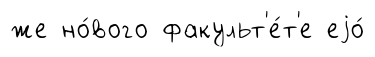
же но́вого факульт'е́т'е еjо́